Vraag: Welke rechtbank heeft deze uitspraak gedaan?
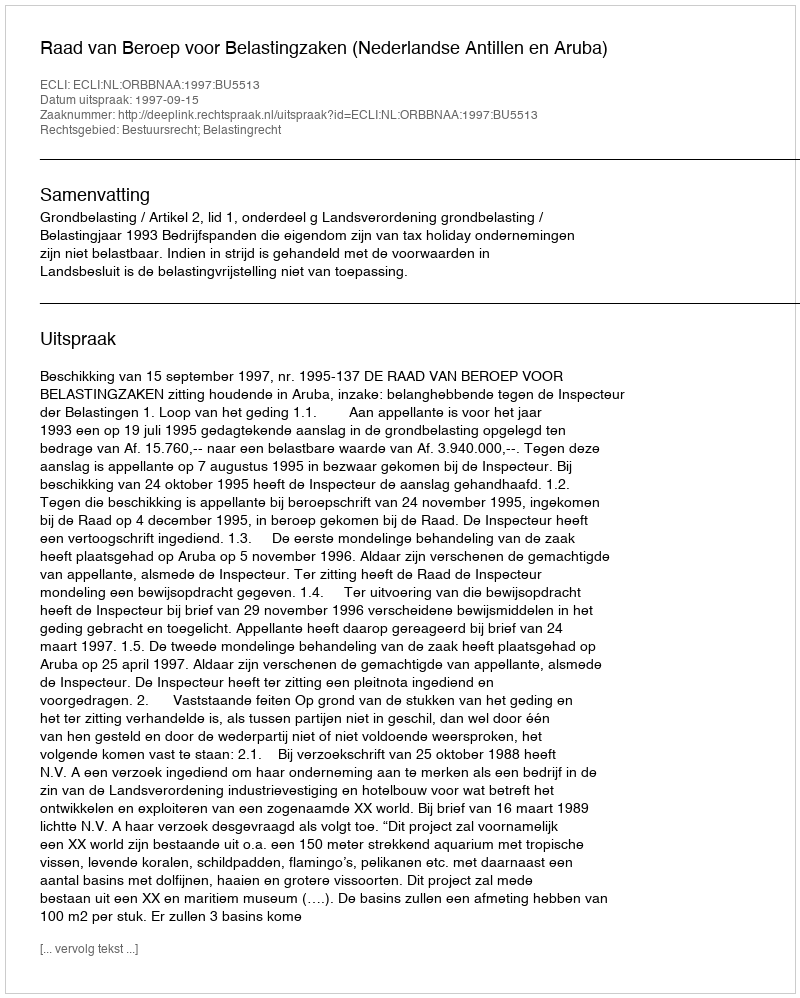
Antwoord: Raad van Beroep voor Belastingzaken (Nederlandse Antillen en Aruba)